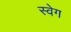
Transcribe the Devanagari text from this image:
स्वेग